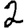
Digit: 2